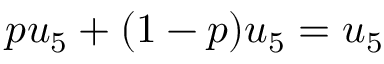
p u _ { 5 } + ( 1 - p ) u _ { 5 } = u _ { 5 }